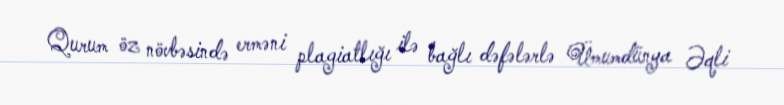
Qurum öz növbəsində erməni plagiatlığı ilə bağlı dəfələrlə Ümumdünya Əqli